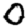
Digit: 0